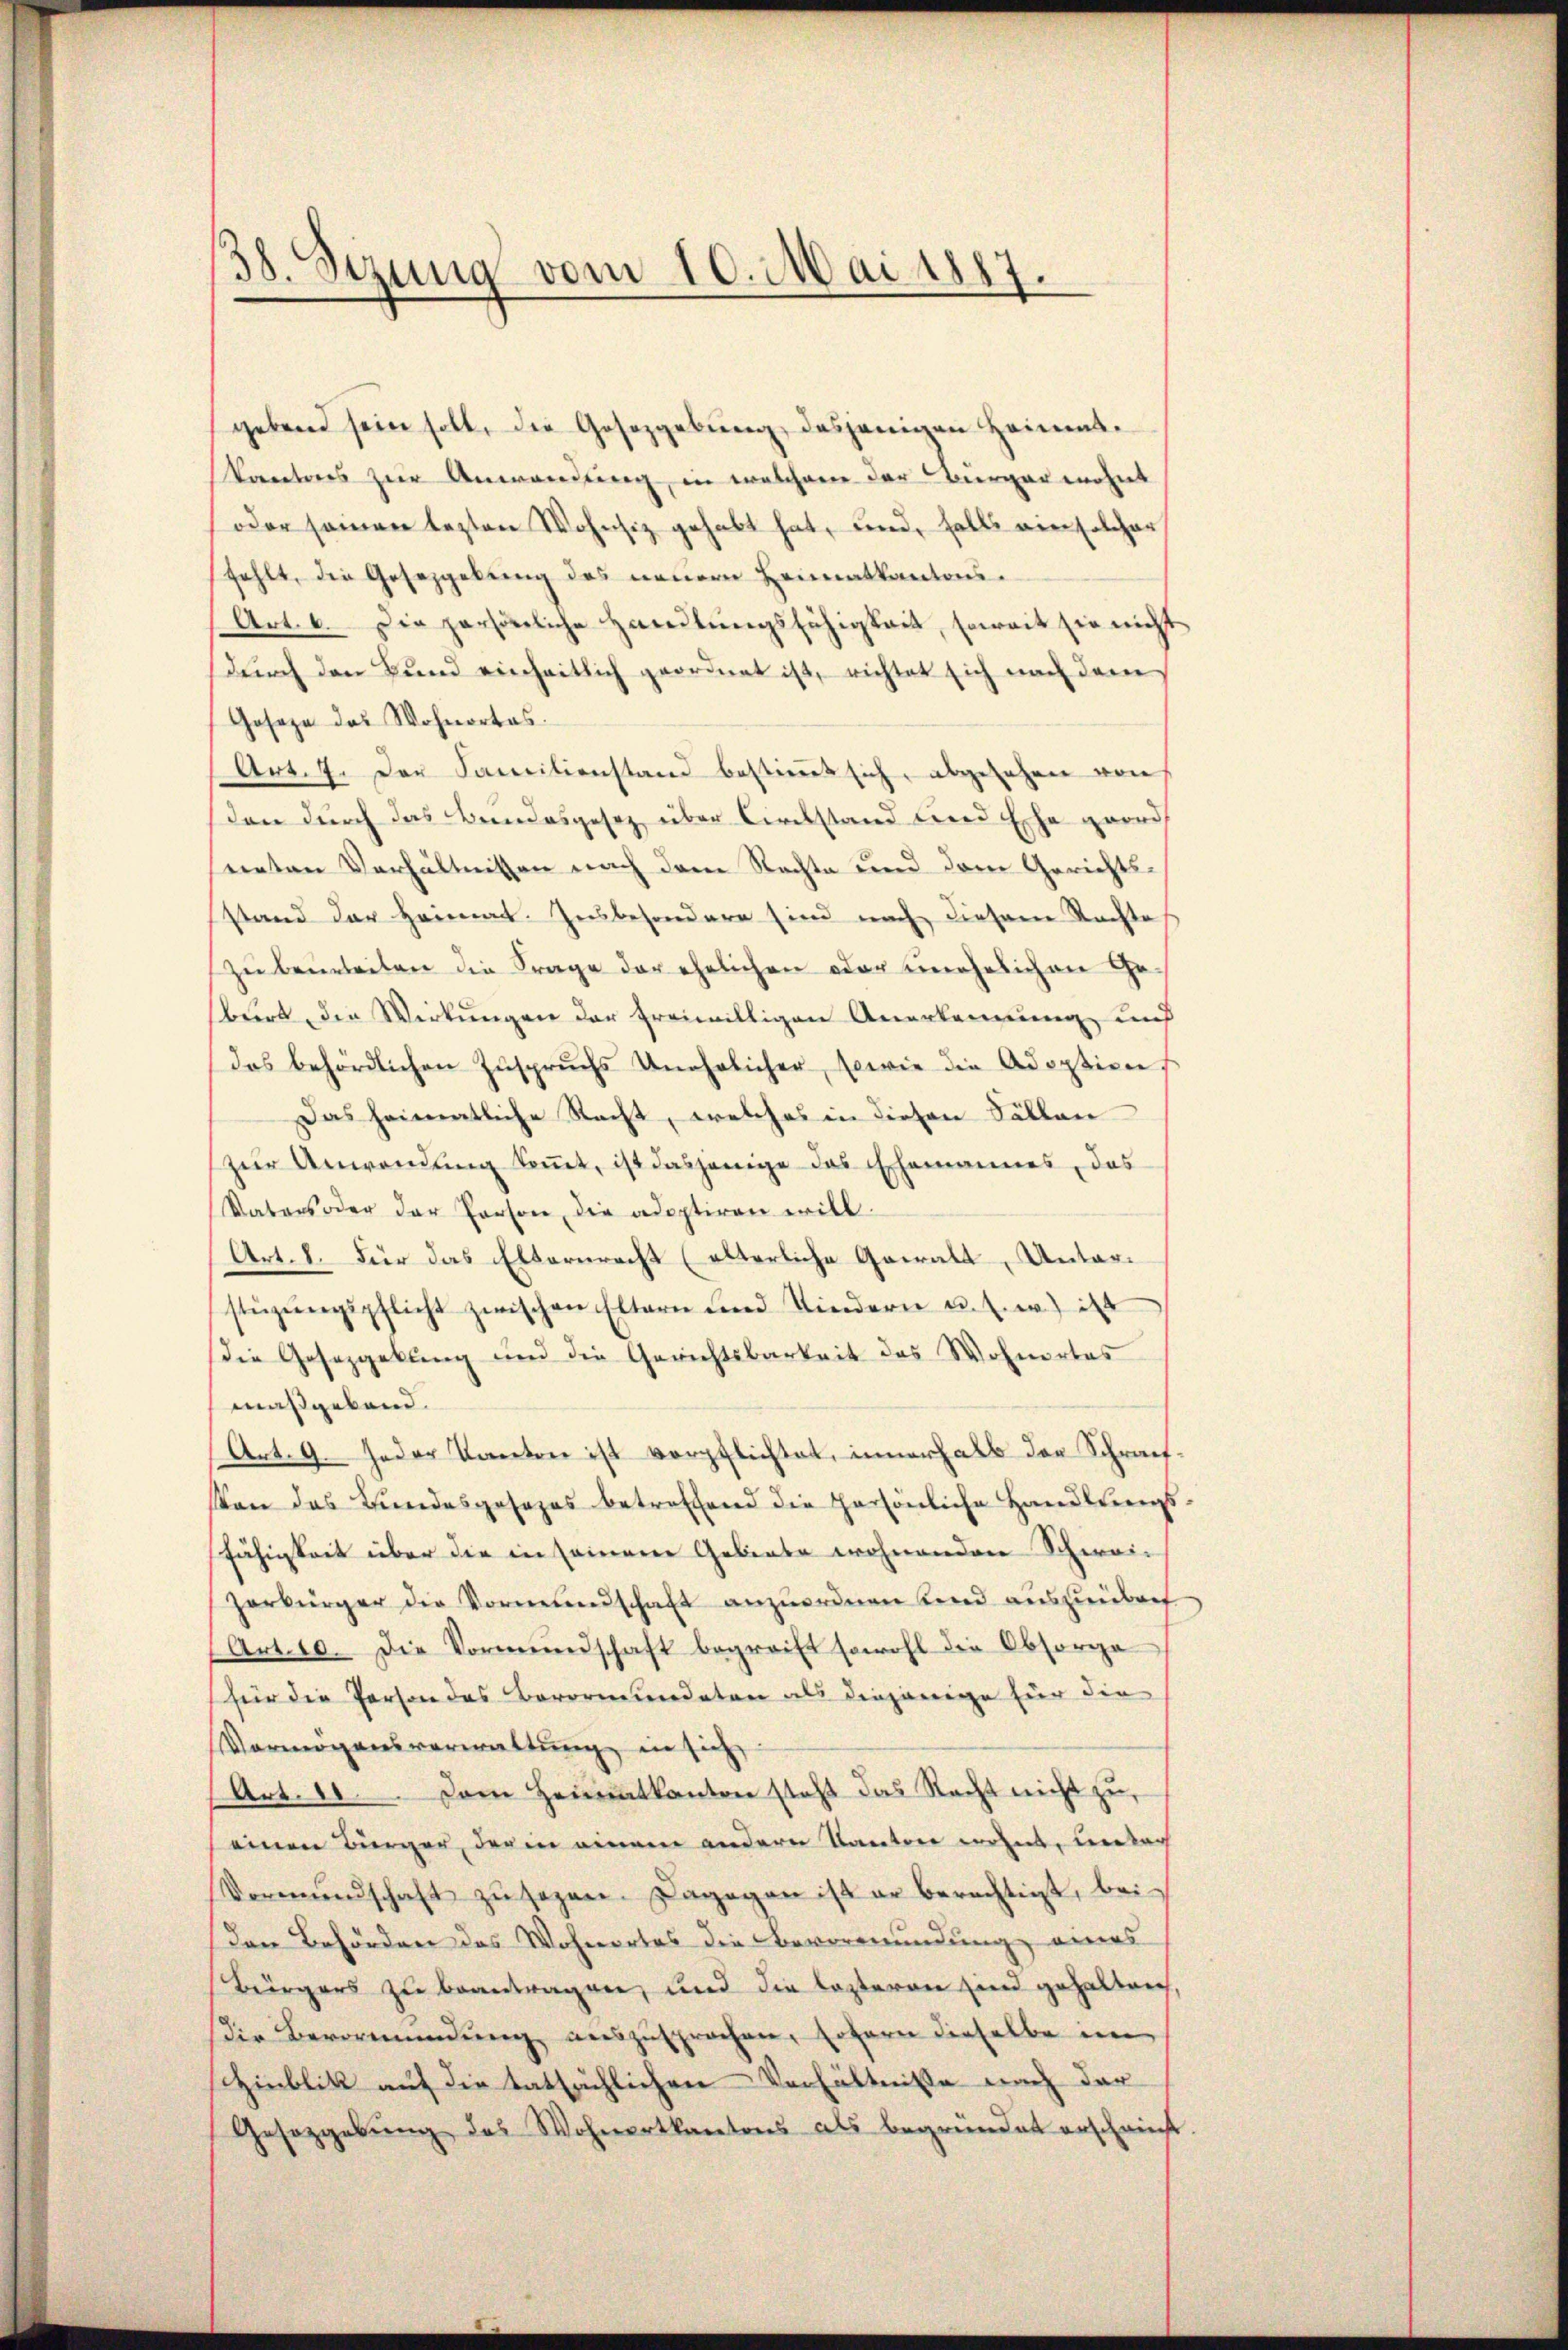
38. Sezung vom 10. Mai 1887.

gebend sein soll, die Gesetzgebung desjenigen Heimatkantons zur Anwendung, in welchene der Bürger wohnt
oder seinen lezten Wohnsiz gehabt hat, und falls am solcher
fehlt, die Gesetzgebung des neuern Heimatkantons¬
Art. 6. Die persönliche Hereitŭngsfähigkeit, soweit sie nicht
durch den Bund einheitlich geordnet ist, richtet sich nach dem
Goseze das Wohnortes.
Art. 7. Der Familienstand bestimmt sich, abgesehen von
don durch das Bundesgesetz über Circkstand und Ehe geord
neten Verhältnissen nach dem Rechte und dem Gerichtsstand der Heimat. Insbesondere sind nach diesem Rechte
zu beurteiten die Frage der ehelichen oder unehelichen Ge-
burt die Wirkungen der freiwilligen Anerkennung und
das behördlichen Zuspruchs Unehrlicher, sowie die Adoption
Das heimatliche Recht, welches in diesen Fällen
zŭr Anwendŭng koṁt, ist dasjenige das Ehemannes, das
Vaters oder der Person, die adoptiren will.
Art. 1. Für das Elternrecht (alterliche Gewalt, Unterstüzŭngspflicht zwischen Eltern und Kindern u. s. w.) ist
die Gesetzgebung und die Gerichtsbarkeit das Wohnortes
maßgebend.
Art. 9. Jeder Kanton ist verpflichtet, innerhalb der Schrach
Von das Bundesgesezes betreffend die Persönliche Handlungs-
fähigkeit über die in seinerer Gebiete wohnenden Schwei-
Zerbürger die Vormundschaft anzuordnen und auszuübrig
(Art. 10. Die Vormŭndschaft begreift sowohl die Obsorge
für die Person des Bevormundeten als diejenige für die
Vermögensverwaltung, in sich
Art. 10. Dem Heimatkanton steht das Recht nicht zu
einen Bürger, der in meinen anderer Kantore wohnt, Lerbar
Vormundschaft zu sezen. Dagegen ist er berechtigt, bei
Den Behörden das Wohnortes die Bevormundung eines
Bürgers zu beantragen, und die lezteren sind gehalten,
Die Bevormundung auszusprochen, sofern dieselbe im
Zinblik auf die tatsächlichen Verhältnisse nach der
Gesetzgebŭng des Wohnertkantons als begründet erscheinst